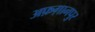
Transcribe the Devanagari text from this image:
अफ़ग़ानपुर